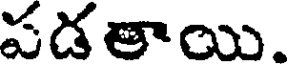
పడతాయి.